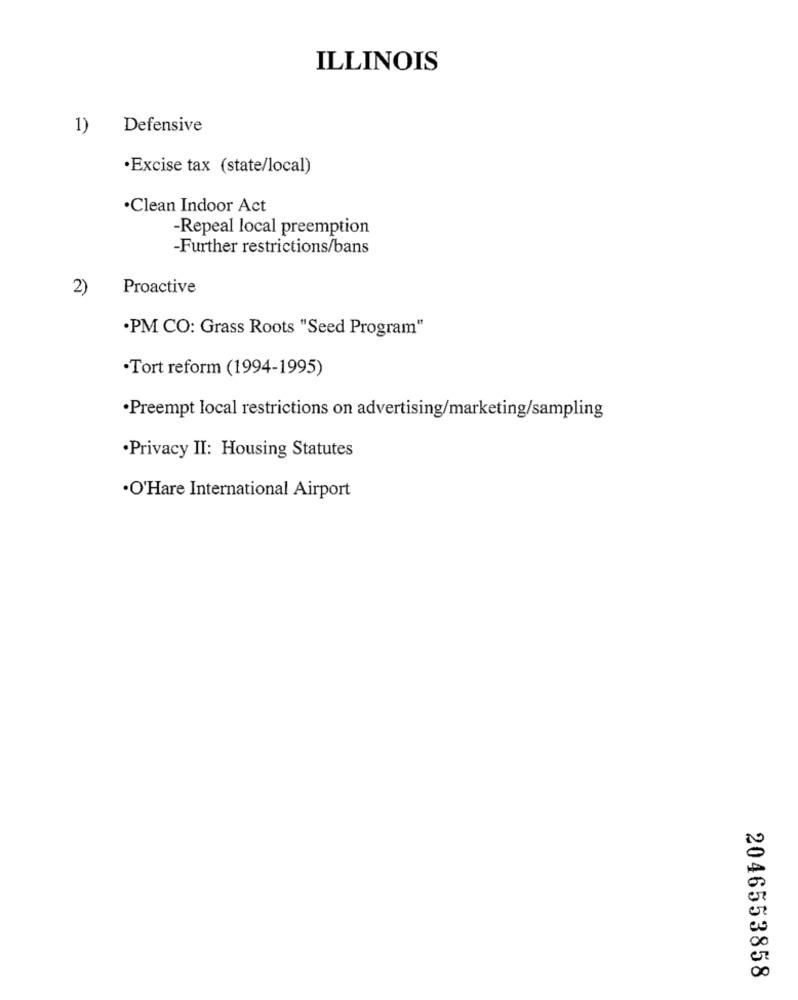
ILLINOIS
1)
Defensive
·Excise tax (state/local)
·Clean Indoor Act
-Repeal local preemption
-Further restrictions/bans
2)
Proactive
·PM CO: Grass Roots "Seed Program"
·Tort reform (1994-1995)
·Preempt local restrictions on advertising/marketing/sampling
·Privacy II: Housing Statutes
·O'Hare International Airport
2046553858